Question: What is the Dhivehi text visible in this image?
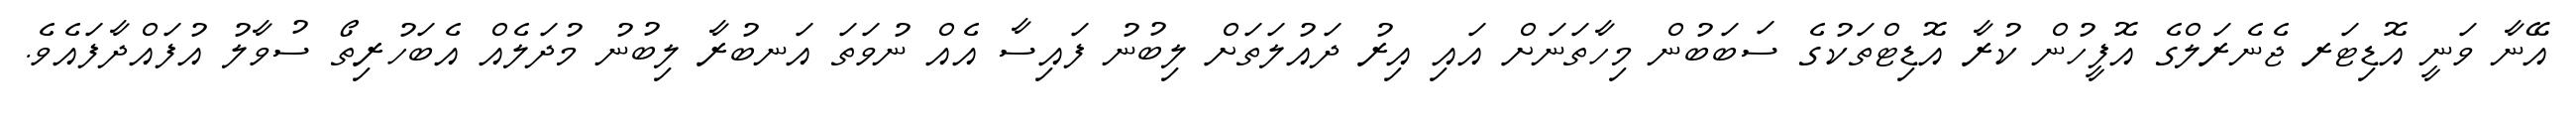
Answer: އޭނާ ވަނީ އޮޑިޓަރ ޖެނެރަލްގެ އޮފީހުން ކުރާ އޮޑިޓްތަކުގެ ސަބަބުން މިހާތަނަށް އައި އިރު ދައުލަތަށް ލިބުނު ފައިސާ އެއް ނުވަތަ އަނބުރާ ލިބުނު މުދަލެއް އެބަހުރިތޯ ސުވާލު އުފައްދާފައެވެ.